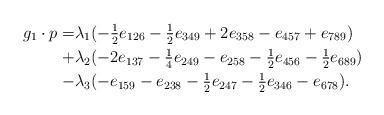
LaTeX: \begin{align*}g_1\cdot p =& \lambda_1(-\tfrac{1}{2}e_{126}-\tfrac{1}{2}e_{349}+2e_{358}-e_{457}+e_{789})\\+&\lambda_2(-2e_{137}-\tfrac{1}{4}e_{249}-e_{258}-\tfrac{1}{2}e_{456}-\tfrac{1}{2}e_{689})\\-&\lambda_3(-e_{159}-e_{238}-\tfrac{1}{2}e_{247}-\tfrac{1}{2}e_{346}-e_{678}).\end{align*}